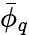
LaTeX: \bar{\phi}_{q}